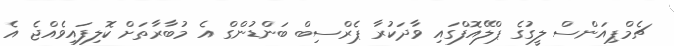
ޗެމްޕިއަންސް ލީގުގެ ޕްލޭއޮފްގައި ވާދަކުރާ ޕެރްސިބް ބަންޑުންގް އެ މުބާރާތަށް ކޮލިފައިވެއްޖެ އެ